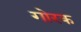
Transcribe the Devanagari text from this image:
गोरक